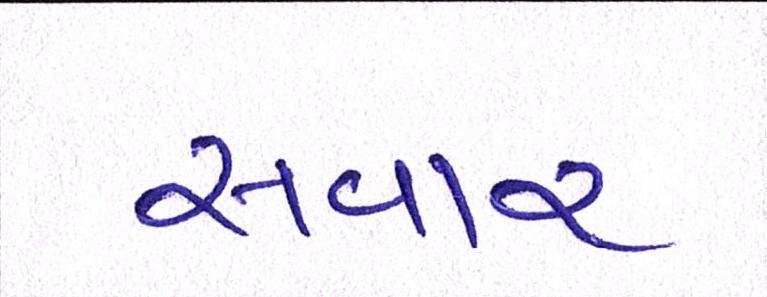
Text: સવાર